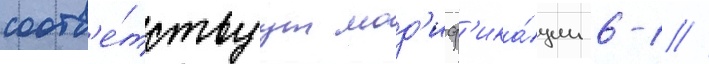
соотв'е́тствуут мод'иф'ика́ции 6-1 //